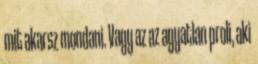
mit akarsz mondani. Vagy az az agyatlan proli, aki